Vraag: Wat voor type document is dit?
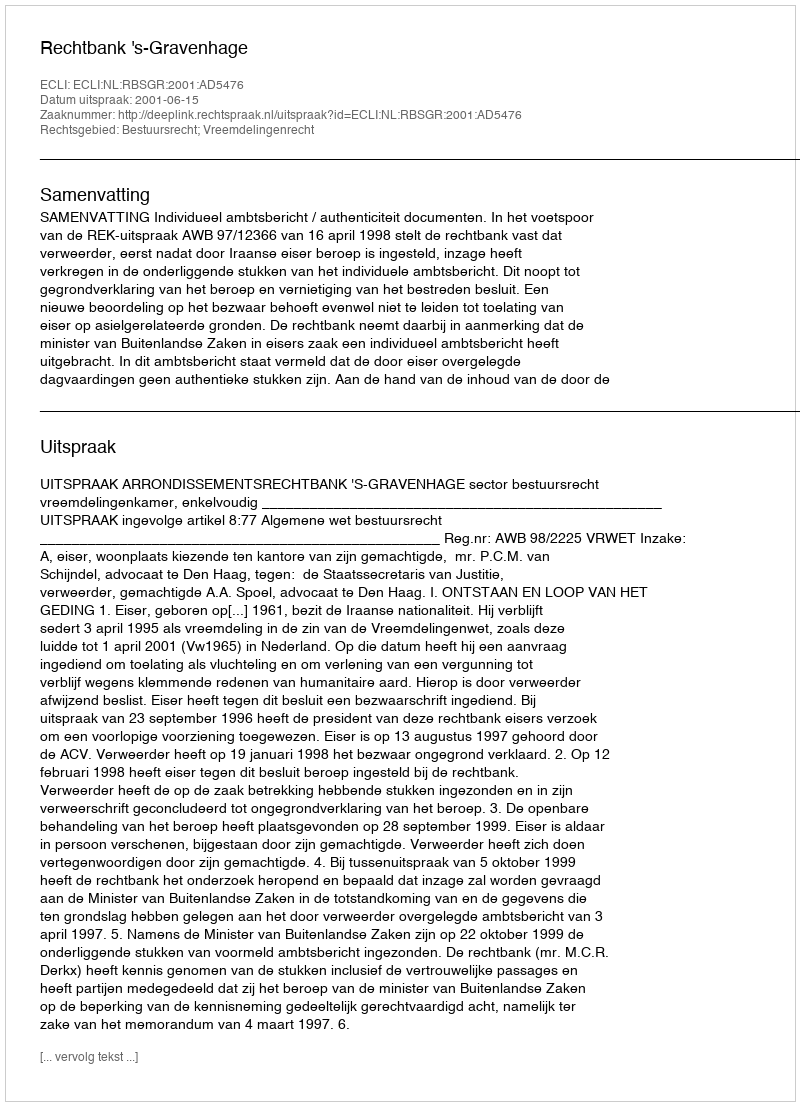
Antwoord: Uitspraak